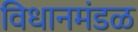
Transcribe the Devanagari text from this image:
विधानमंडळ